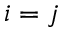
i = j